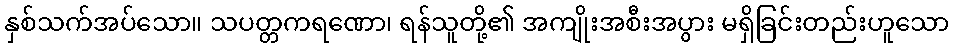
နှစ်သက်အပ်သော။ သပတ္တကရဏော၊ ရန်သူတို့၏ အကျိုးအစီးအပွား မရှိခြင်းတည်းဟူသော